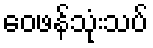
ဝေဖန်သုံးသပ်